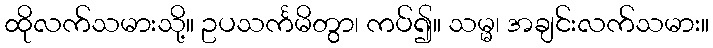
ထိုလက်သမားသို့။ ဥပသင်္ကမိတွာ၊ ကပ်၍။ သမ္မ၊ အချင်းလက်သမား။